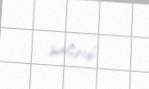
salınıb.